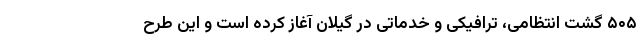
۵۰۵ گشت انتظامی، ترافیکی و خدماتی در گیلان آغاز کرده است و این طرح